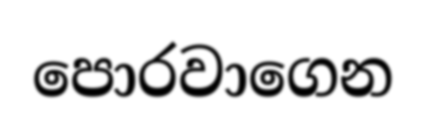
පොරවාගෙන